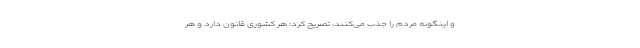
و اینگونه مردم را جذب می‌کنند، تصریح کرد: هر کشوری قانون دارد و هر